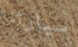
سيارتنا